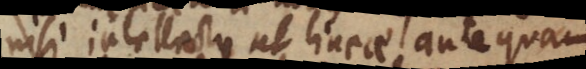
nisi intellectu, ut lineae antequam